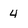
Character: 4